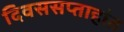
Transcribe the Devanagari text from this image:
दिवससप्ताहांत